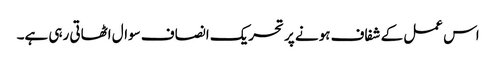
اس عمل کے شفاف ہونے پر تحریک انصاف سوال اٹھاتی رہی ہے۔